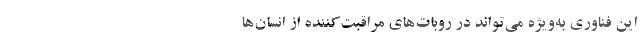
این فناوری به‌ویژه می‌تواند در روبات‌های مراقبت‌کننده از انسان‌ها